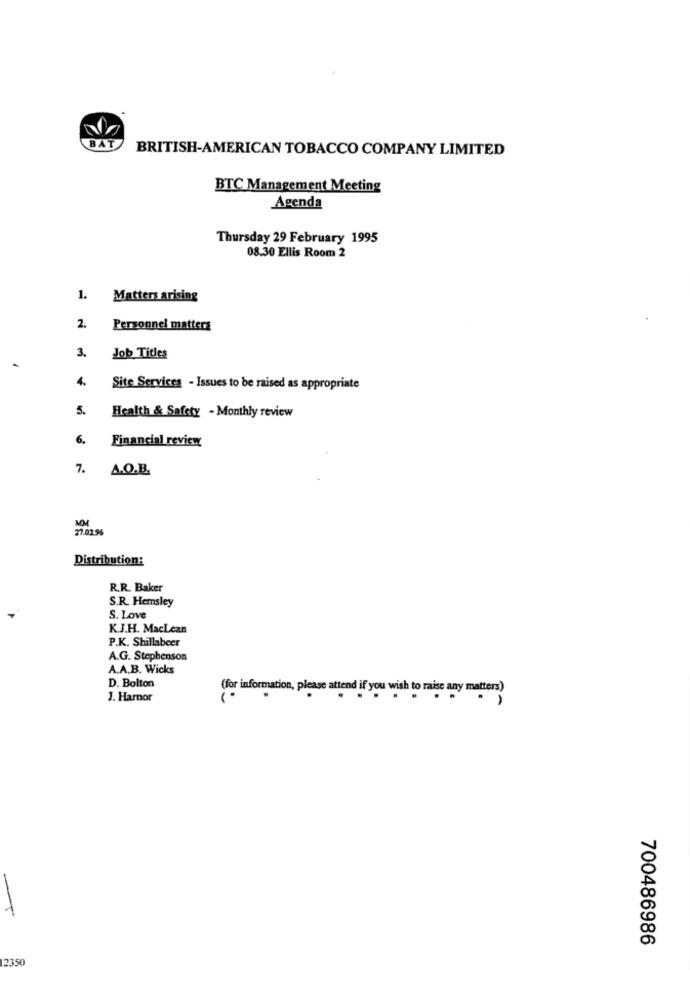
BAT
BRITISH-AMERICAN TOBACCO COMPANY LIMITED
BTC Management Meeting
Agenda
Thursday 29 February 1995
08.30 Ellis Room 2
1.
Matters arising
2.
Personnel matters
3.
Job Titles
4.
Site Services - Issues to be raised as appropriate
5.
Health & Safety - Monthly review
6.
Financial review
7.
A.Q.B.
27.02.9%
Distribution:
R.R. Baker
S.R. Hemsley
S. Love
K.J.H. MacLean
P.K. Shillabeer
A.G. Stephenson
A.A.B. Wicks
D. Bolton
(for information, please attend if you wish to raise any matters)
J. Hamor
-
700486986
12350